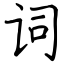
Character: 词